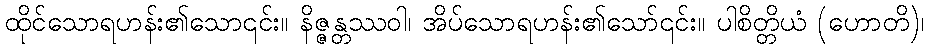
ထိုင်သောရဟန်း၏သော၎င်း။ နိဇ္ဇန္တဿဝါ၊ အိပ်သောရဟန်း၏သော်၎င်း။ ပါစိတ္တိယံ (ဟောတိ)၊